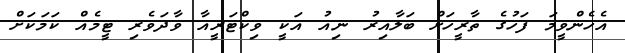
އެހެންވީމަ ފަހުގެ ތާރީހަށް ބަލާއިރު ނިއު އަކީ ވިކްޓަރީއާ ވާދަވެރި ޓީމެއް ކަމަކަށް